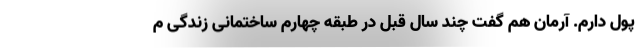
پول دارم. آرمان هم گفت چند سال قبل در طبقه چهارم ساختمانی زندگی م